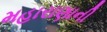
મહારાણાની